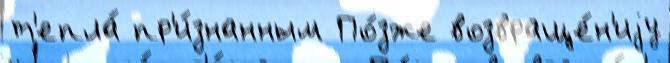
т'епла́ пр'и́знанным По́зже возвраще́н'иjу